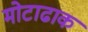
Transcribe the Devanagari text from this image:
मोटाढाक